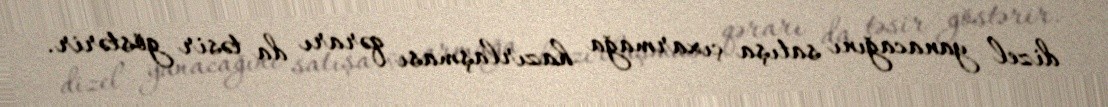
dizel yanacağını satışa çıxarmağa hazırlaşması qərarı da təsir göstərir.